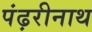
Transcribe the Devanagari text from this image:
पंढ़रीनाथ